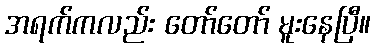
အရက်ကလည်း တော်တော် မူးနေပြီ။